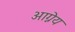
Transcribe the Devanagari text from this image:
अाग्नेय